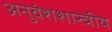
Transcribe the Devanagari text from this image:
अनुवंशशास्त्रीय